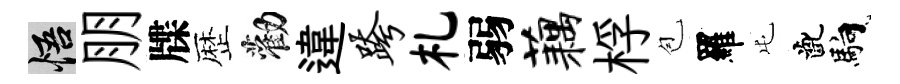
悟朋牒歴勸違跨札弱藕桴苞羅屯齔馿